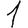
Digit: 1